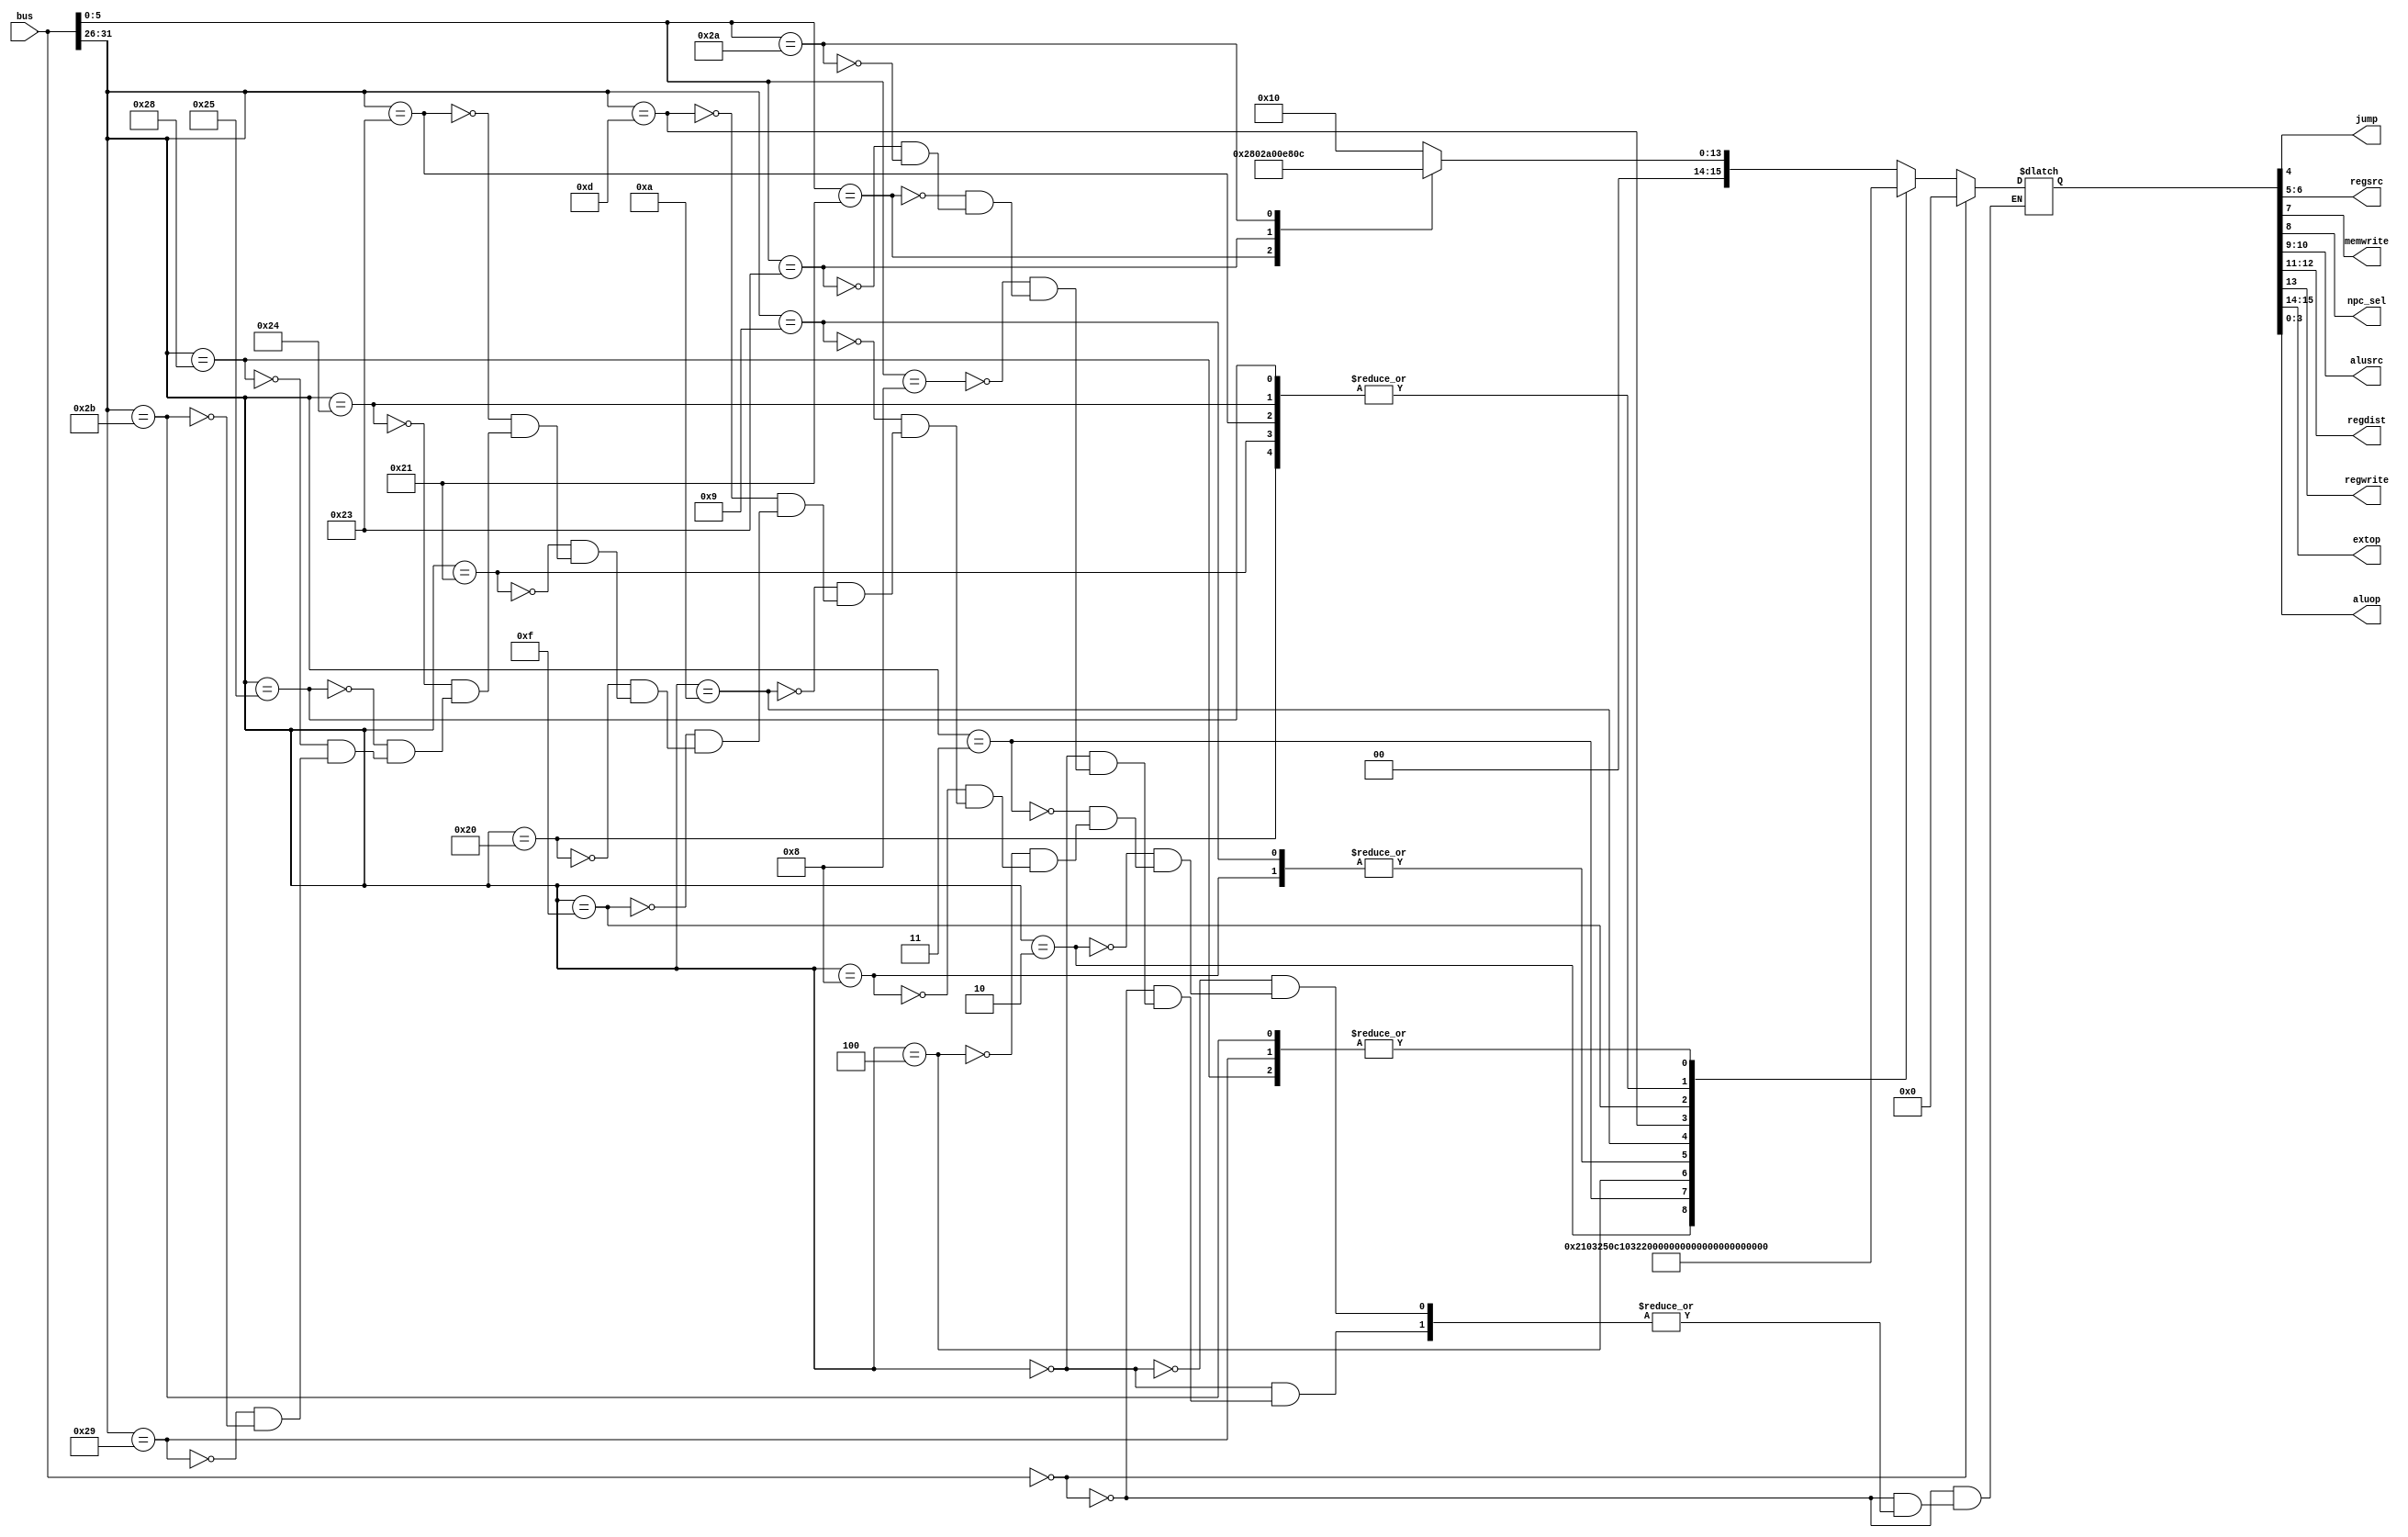
module control(input[31:0] bus, output jump, output [1:0]regsrc, output memwrite, output npc_sel, output[1:0] alusrc, output [1:0] regdist,
output regwrite, output[1:0] extop, output [3:0]aluop);
reg[15:0] temp;
always @(bus) begin
    if(bus == 0) temp = 0;
    else case(bus[31:26])
    0:case(bus[5:0])
        8: temp = 16'b00_0_00_00_0_0_00_1_0000;//jr
        33: temp = 16'b00_1_01_00_0_0_00_0_0010;//addu
        35: temp = 16'b00_1_01_00_0_0_00_0_0011;//subu
        42: temp = 16'b00_1_01_00_0_0_00_0_1100;//slt
    endcase
    2:temp = 16'b00_0_00_01_0_0_00_1_0000;//j
    3:temp = 16'b00_1_10_01_0_0_10_1_0000;//jal
    4:temp = 16'b11_0_00_00_1_0_00_0_0011;//beq
    8:temp = 16'b00_1_00_01_0_0_00_0_0010;//addi
    9:temp = 16'b00_1_00_01_0_0_00_0_0010;//addiu
    10:temp = 16'b00_1_00_01_0_0_00_0_1100;//slti
    13:temp = 16'b01_1_00_01_0_0_00_0_0101;//ori
    15:temp = 16'b10_1_00_01_0_0_00_0_0101;//lui
    32:temp = 16'b00_1_00_01_0_0_01_0_0010;//lb
	33:temp = 16'b00_1_00_01_0_0_01_0_0010;//lh
    35:temp = 16'b00_1_00_01_0_0_01_0_0010;//lw
    36:temp = 16'b00_1_00_01_0_0_01_0_0010;//lbu
	37:temp = 16'b00_1_00_01_0_0_01_0_0010;//lhu
    40:temp = 16'b00_0_00_01_0_1_00_0_0010;//sb
	41:temp = 16'b00_0_00_01_0_1_00_0_0010;//sh
    43:temp = 16'b00_0_00_01_0_1_00_0_0010; //sw
    endcase
end
assign {extop, regwrite, regdist, alusrc, npc_sel, memwrite, regsrc, jump, aluop} = temp;
endmodule